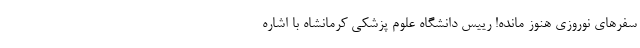
سفرهای نوروزی هنوز مانده! رییس دانشگاه علوم پزشکی کرمانشاه با اشاره